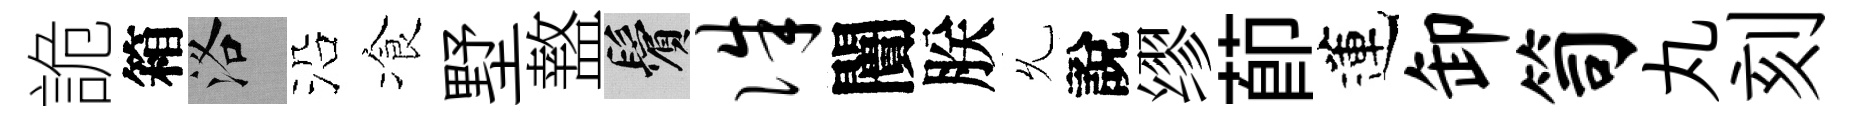
詭箱洛沿飡墅盩鬢侏闠朕𠃔說缪莭蓮卸笥丸刻